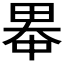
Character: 𪽓